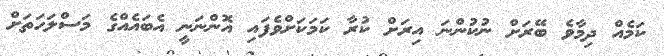
ކަމެއް ދިމާވެ ބޭރަށް ނުކުންނަ އިރަށް ކުރާ ކަމަކަށްވެފައި އޮންނަނީ އެބައެއްގެ މަސްލަހަތަށް